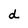
Character: d